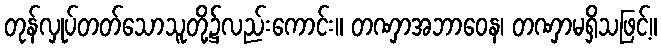
တုန်လှုပ်တတ်သောသူတို့၌လည်းကောင်း။ တဏှာအဘာဝေန၊ တဏှာမရှိသဖြင့်။